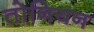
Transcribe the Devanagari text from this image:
तोनियन